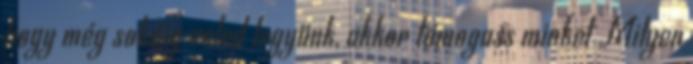
hogy még sokáig veled legyünk, akkor támogass minket Milyen